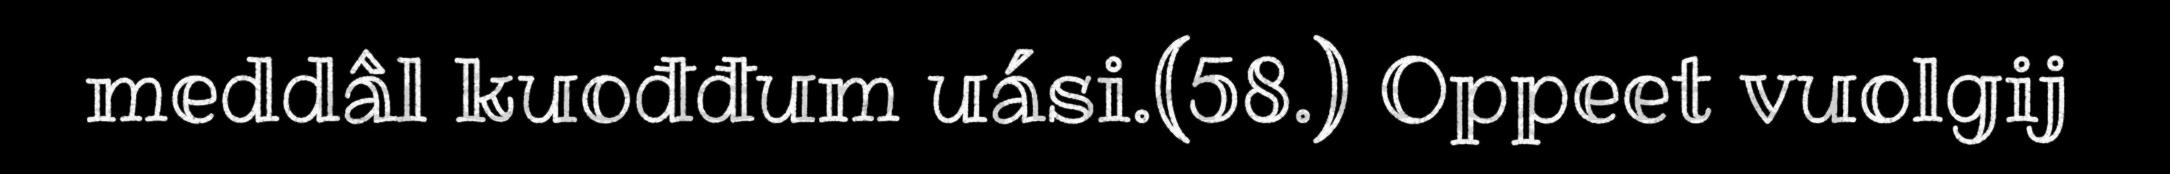
meddâl kuođđum uási.(58.) Oppeet vuolgij